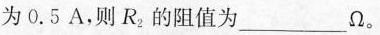
为0.5A，则R_{2}的阻值为_____Ω。